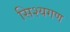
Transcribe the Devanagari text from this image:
सिश्यगण